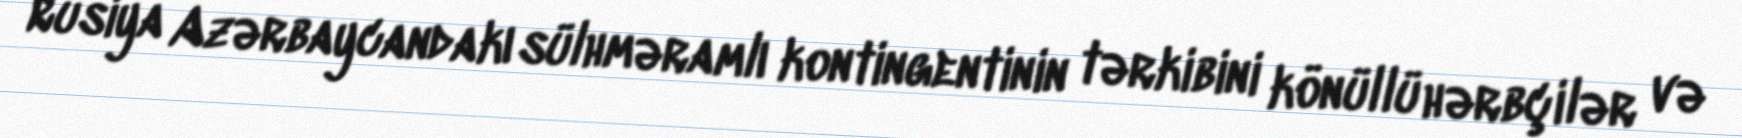
Rusiya Azərbaycandakı sülhməramlı kontingentinin tərkibini könüllü hərbçilər və